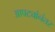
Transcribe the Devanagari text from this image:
आपट्यांनंतर